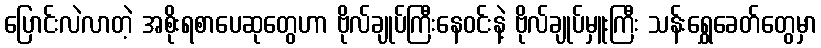
ပြောင်းလဲလာတဲ့ အစိုးရစာပေဆုတွေဟာ ဗိုလ်ချုပ်ကြီးနေဝင်းနဲ့ ဗိုလ်ချုပ်မှူးကြီး သန်းရွှေခေတ်တွေမှာ